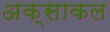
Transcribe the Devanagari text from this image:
अक्साकल